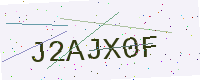
Text: J2AJX0F